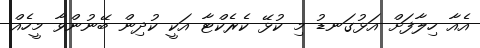
އެއާ ހިލާފަށް އަޅުގަނޑު މި ކުޅޭ ކެރެކްޓާ އަކީ ކުދިން ބޭނުންވާ މީހެއް